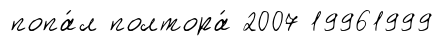
попа́л полтора́ 2007 19961999